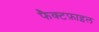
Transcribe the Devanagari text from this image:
फैक्टफ़ाइल